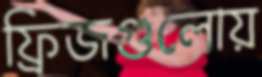
ফ্রিজগুলোয়